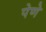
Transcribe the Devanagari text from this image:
पेणे